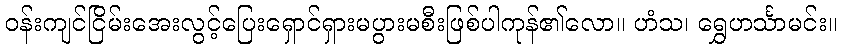
ဝန်းကျင်ငြိမ်းအေးလွင့်ပြေးရှောင်ရှားမပွားမစီးဖြစ်ပါကုန်၏လော။ ဟံသ၊ ရွှေဟင်္သာမင်း။